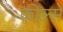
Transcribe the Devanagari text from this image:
कील्से